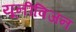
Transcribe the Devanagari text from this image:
यूनीविजन